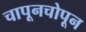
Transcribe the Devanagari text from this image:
चापूनचोपून